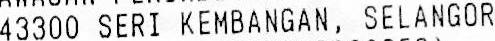
43300 SERI KEMBANGAN, SELANGOR